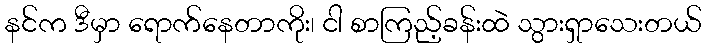
နင်က ဒီမှာ ရောက်နေတာကိုး၊ ငါ စာကြည့်ခန်းထဲ သွားရှာသေးတယ်